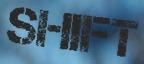
SHIFT